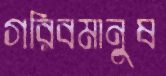
গরিবমানুষ